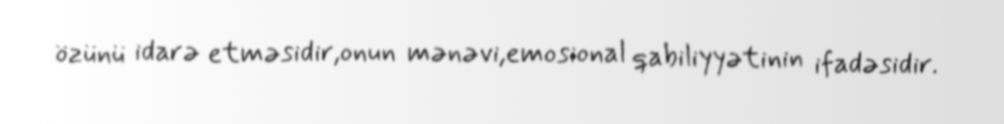
özünü idarə etməsidir,onun mənəvi,emosional qabiliyyətinin ifadəsidir.